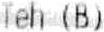
TEH (B)